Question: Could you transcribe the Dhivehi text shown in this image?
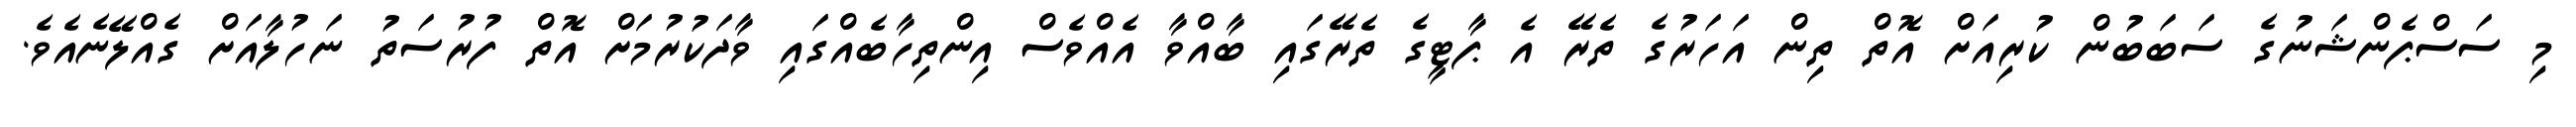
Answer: މި ސަސްޕެންޝަނުގެ ސަބަބުން ކުރިއަށް އޮތް ތިން އަހަރުގެ ތެރޭ އެ ޕާޓީގެ ތެރޭގައި ބާއްވާ އެއްވެސް އިންތިހާބެއްގައި ވާދަކުރުމަށް އޮތް ފުރުސަތު ނަހުލާއަށް ގެއްލޭނެއެވެ.